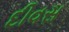
દીવસ